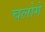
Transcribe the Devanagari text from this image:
चलोगे